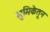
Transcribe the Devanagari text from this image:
भुमिकेतून